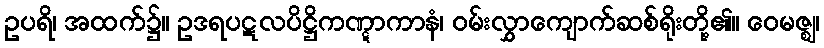
ဥပရိ၊ အထက်၌။ ဥဒရပဋလပိဋ္ဌိကဏ္ဋာကာနံ၊ ဝမ်းလွှာကျောက်ဆစ်ရိုးတို့၏။ ဝေမဇ္ဈ၊